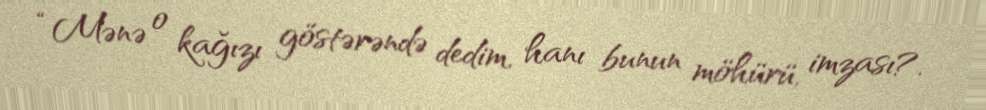
“Mənə o kağızı göstərəndə dedim, hanı bunun möhürü, imzası?.